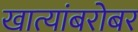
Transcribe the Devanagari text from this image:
खात्यांबरोबर